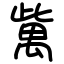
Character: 歶